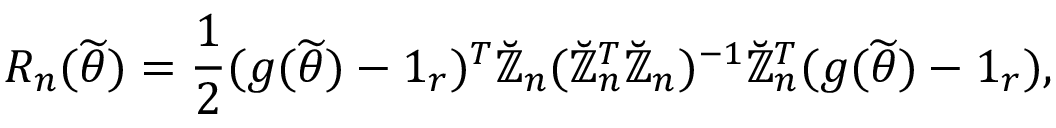
R _ { n } ( \widetilde { \boldsymbol { \theta } } ) = \frac { 1 } { 2 } ( \boldsymbol { g } ( \widetilde { \boldsymbol { \theta } } ) - \boldsymbol { 1 } _ { r } ) ^ { T } \mathbb { \breve { Z } } _ { n } ( \mathbb { \breve { Z } } _ { n } ^ { T } \mathbb { \breve { Z } } _ { n } ) ^ { - 1 } \mathbb { \breve { Z } } _ { n } ^ { T } ( \boldsymbol { g } ( \widetilde { \boldsymbol { \theta } } ) - \boldsymbol { 1 } _ { r } ) ,